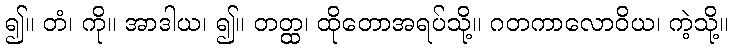
၍။ တံ၊ ကို။ အာဒါယ၊ ၍။ တတ္ထ၊ ထိုတောအရပ်သို့။ ဂတကာလောဝိယ၊ ကဲ့သို့။